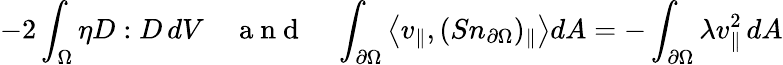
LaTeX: -2\int_{\Omega}\eta D:D\, dV\quad\mathrm{~a~n~d~}\quad\int_{\partial\Omega}\left\langle v_{\parallel},(Sn_{\partial\Omega})_{\parallel}\right\rangle dA=-\int_{\partial\Omega}\lambda v_{\parallel}^{2}\, dA